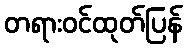
တရားဝင်ထုတ်ပြန်